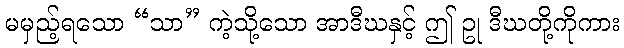
မမှည့်ရသော “သာ” ကဲ့သို့သော အာဒီဃနှင့် ဤ ဥု ဒီဃတို့ကိုကား